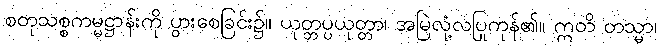
စတုသစ္စကမ္မဋ္ဌာန်းကို ပွားစေခြင်း၌။ ယုတ္တပ္ပယုတ္တာ၊ အမြဲလုံ့လပြုကုန်၏။ ဣတိ တသ္မာ၊